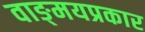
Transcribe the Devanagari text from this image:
वाङ्‌मयप्रकार